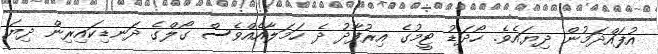
އުފައްދަމުން ދިޔައެވެ. ހޯދަޑު ޓީމުގެ އިރުފާދު ދެ ހަމަލާއެއްވެސް ގޯލްގެ ދަނޑިކައިރިން ދިޔަ